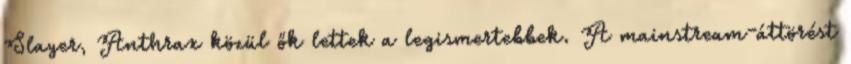
Slayer, Anthrax közül ők lettek a legismertebbek. A mainstream-áttörést